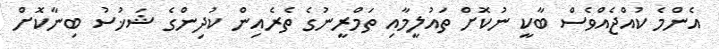
އެންމެ ކުއްޖެއްވެސް ބާކީ ނުކޮށް ތައުލީމާއި ތަމްރީނުގެ ތެރެއިން ކުދިންގެ ޝަޚުސު ބިނާކޮށް